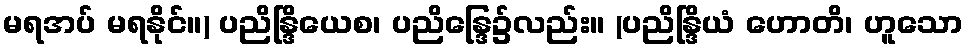
မရအပ် မရနိုင်။) ပညိန္ဒြိယေစ၊ ပညိန္ဒြေ၌လည်း။ (ပညိန္ဒြိယံ ဟောတိ၊ ဟူသော